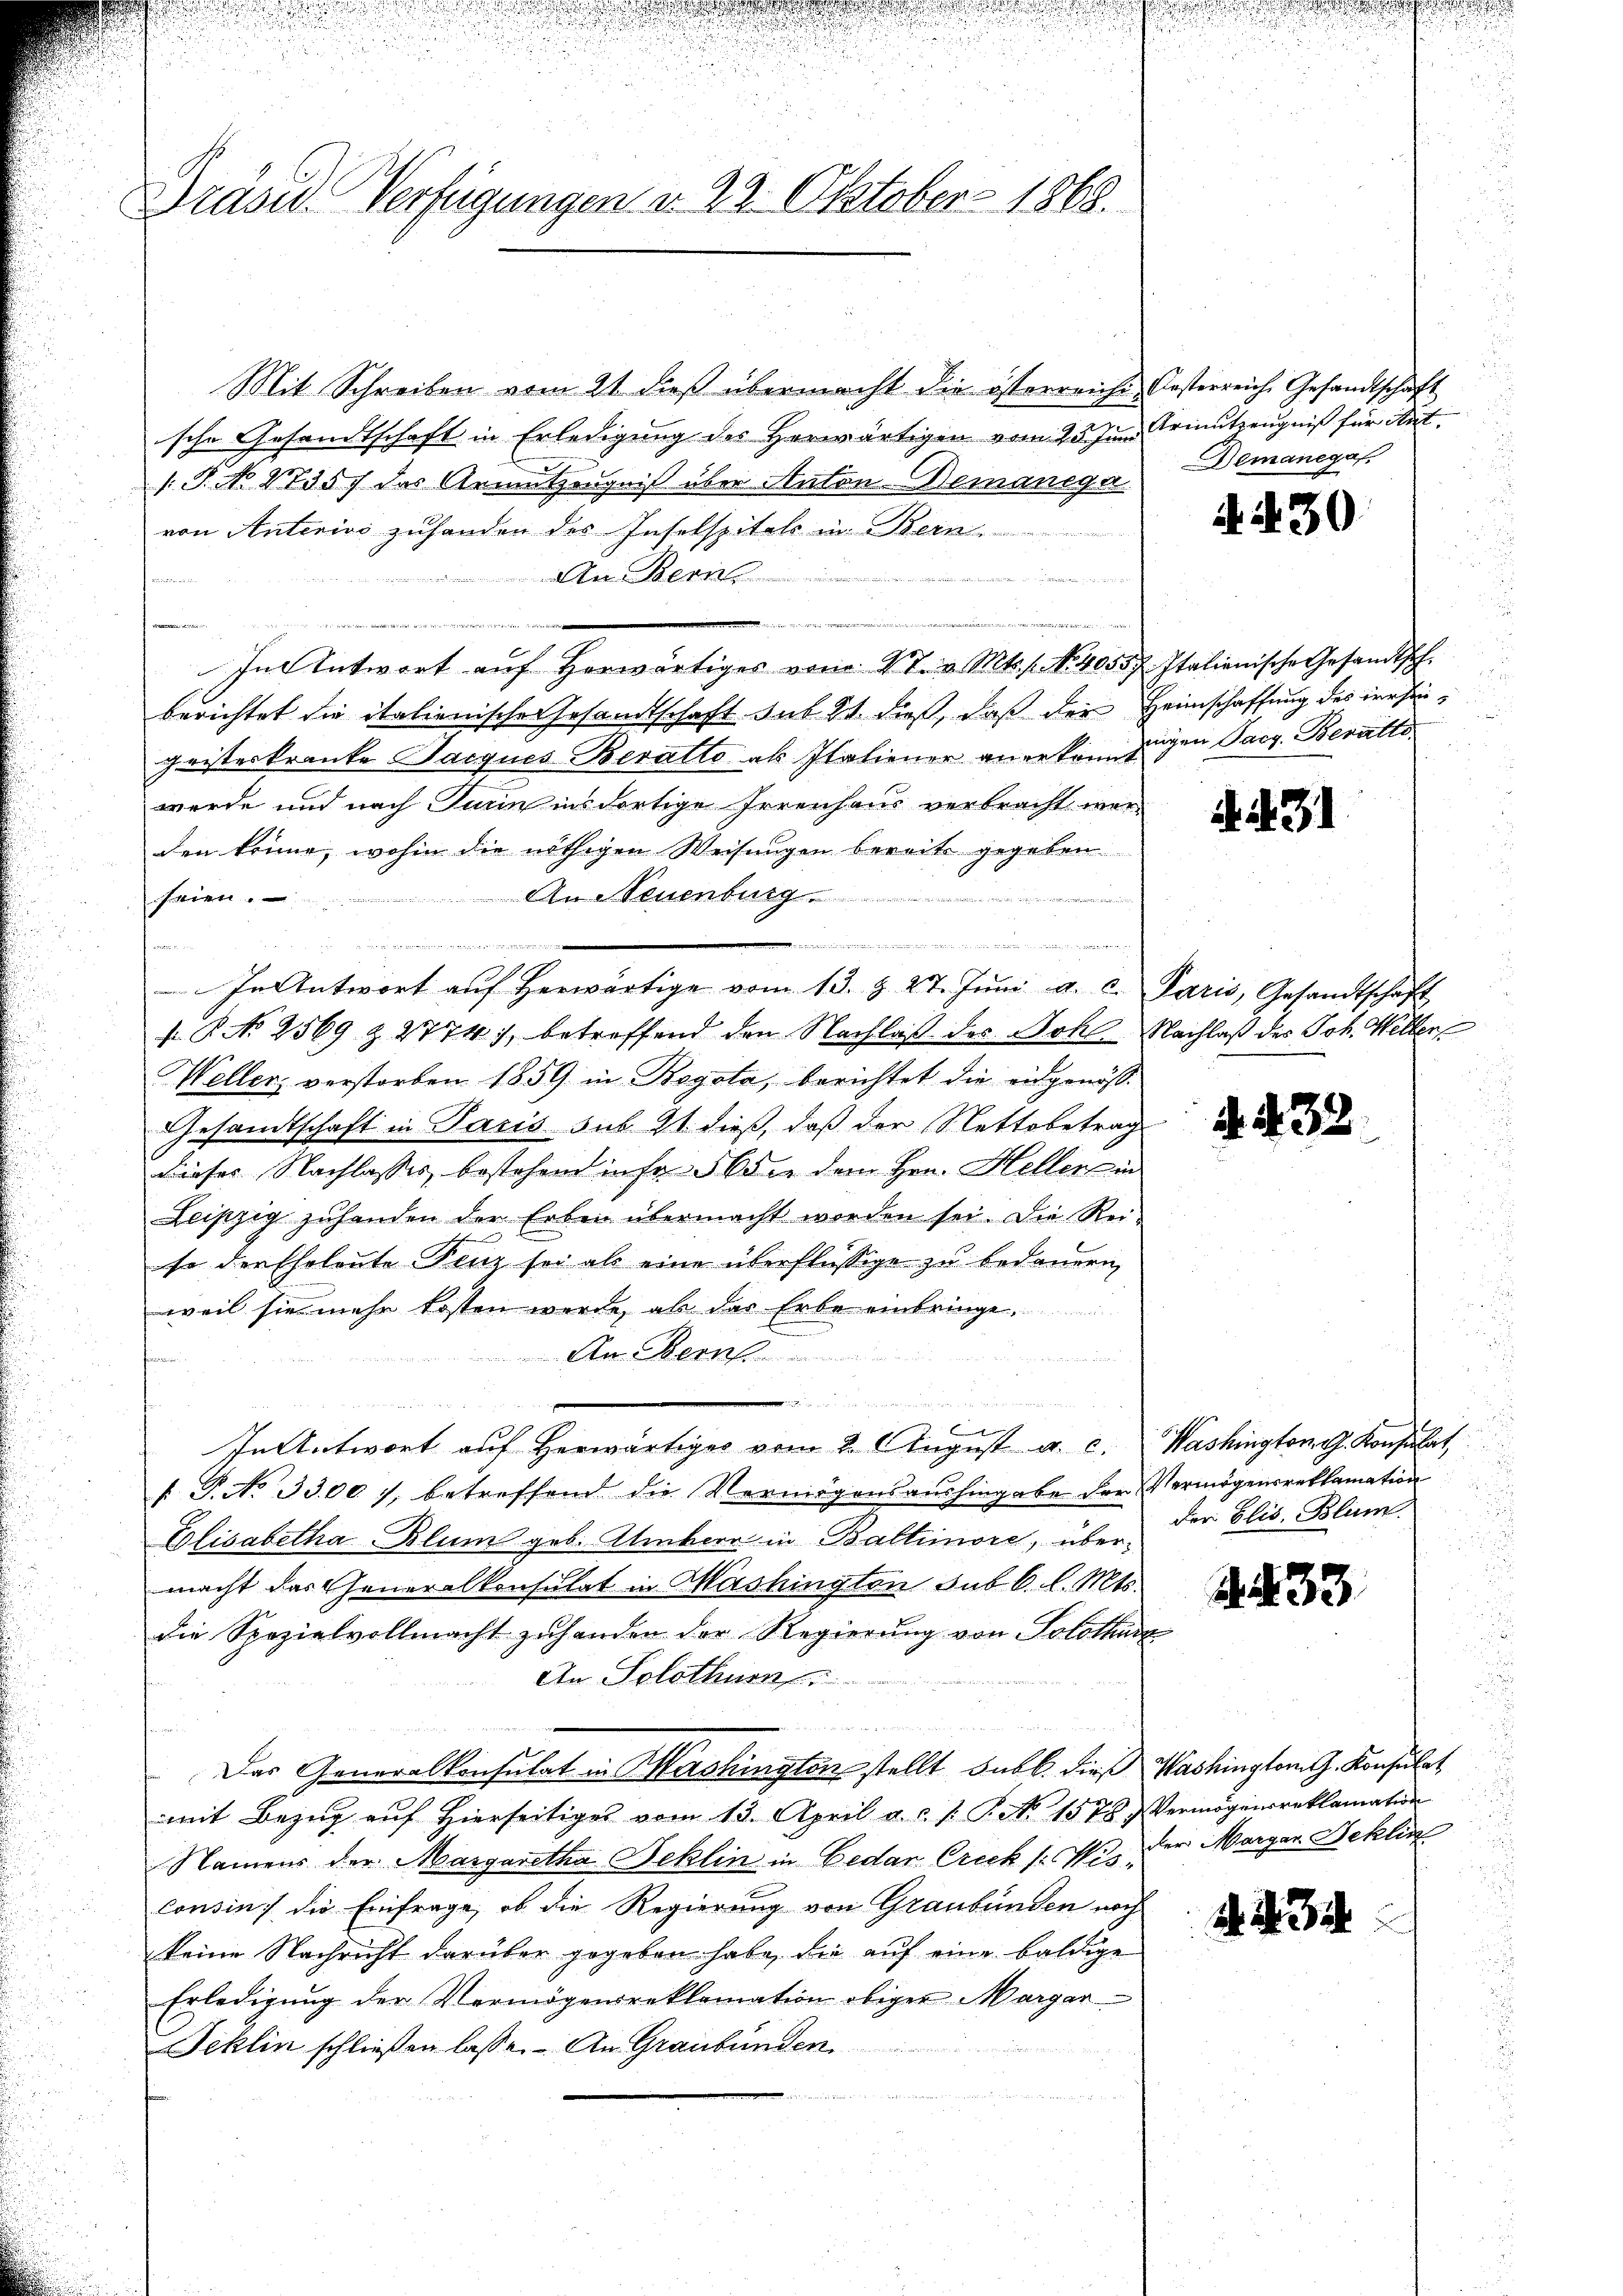
u

u

Dräsid. Verfügungen d. 22. Oktober 1868.

Mit Schreiben vom 2t dieß übermacht die österreichiische Gesandtschaft in Erledigung des Herwärtigen vom 25. Juni
1.P. No. 17357 das Armutzeugniß über Anton-Wemanega
von Anterius zuhanden des Inselspitals in Bern
Am Bern

de er den gegen

In Antwort auf Horwärtiges vom St. v. Mts. f. No. 40557. Italienische Gesandtsch.
berichtet die italienische Gesandtschaft sub 21 dieß, daß der
geisteskranke Jacques Beratto als Italiener anerken zugen Pact. Beratto
werde und nach Turin ins dortige Irrenhaus verbracht werden könne, wohin die nöthigen Weisungen bereits gegeben
 An Steuenburg
feien.
n ein wenn im wenn a
dn die zu gegen den de
I
In Antwort auf herwärtige vom 13. Z. 27. Juni a. c.
 P. No 2569 & 2774), betreffend den Nachlaß des Bohl
Weller, verstorben 1859 in Regota, berichtet die eidgenöß¬
Gesandtschaft in Paris sub 11 dieß, daß der Nettobetrag
dieses Nachlasses, bestehend infr 56 die dem Hrn. Hellen in
Leipzig zŭhanden der Erben übermacht worden sei. Die Rei-

se der Eheleute Fenz sei als eine überflüssige zu bedauern,
weil sie mehr kosten werde, als das Erbe einbringe,
An Reif
 inde der den einem zufrig an
f
In Antwort auf Herwärtiges vom 2. August u. c.
 P. No 3300), betreffend die Vermögensaushingabe der Vermögensreklamation
Elisabetha Blum geb. Amber in Baltimore, übermacht das Generalkonsulat in Washingten sub 6. l. Mts.
die Spezialvollmacht zuhanden der Regierung von Solothur
An Solothum
den an des eine
Das Generalkonsulat in Washington stellt sub b. dieß Washington G. Konsulat
mit Bezug auf Hierseitiges vom 13. April a. c. v. P. No. 1578.
Namens der Margaretha Jeklin in Bedar Creck /: M. der Marger Beklic
Consin die Einfrage, ob die Regierung von Graubünden noch
keine Nachricht darüber gegeben habe, die auf eine baldige
Erledigung der Vermögensreklamation obiger Margar
2
Jeklin schließen lasse. An Graubünden

n

Oesterreich Gesandtschaft
Arinitzeugniß für Art.
Demanegat

A. 430

Heimschaffung des dersei¬

. 31

Paris, Gesandtschaft
Nachlaß des Joh. Weller

A. 432.

Washington G. Konsulat,
der Elis. Blum.

R. 33

Vermögensreklamation

434